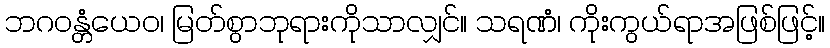
ဘဂဝန္တံယေဝ၊ မြတ်စွာဘုရားကိုသာလျှင်။ သရဏံ၊ ကိုးကွယ်ရာအဖြစ်ဖြင့်။